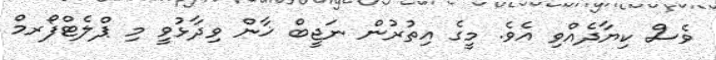
ވެސް ކިޔާދެއްވި އެވެ. މީގެ އިތުރުން ނަޖީބް ޚާން ވިދާޅުވީ މި ޕްލެޓްފޯރމް